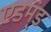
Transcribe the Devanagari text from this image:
एडम्ंड